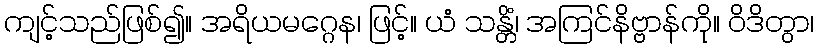
ကျင့်သည်ဖြစ်၍။ အရိယမဂ္ဂေန၊ ဖြင့်။ ယံ သန္တိံ၊ အကြင်နိဗ္ဗာန်ကို။ ဝိဒိတွာ၊